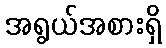
အရွယ်အစားရှိ